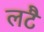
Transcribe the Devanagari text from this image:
लटै